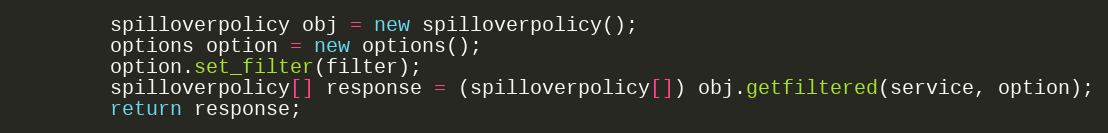
Language: Java
		spilloverpolicy obj = new spilloverpolicy();
		options option = new options();
		option.set_filter(filter);
		spilloverpolicy[] response = (spilloverpolicy[]) obj.getfiltered(service, option);
		return response;